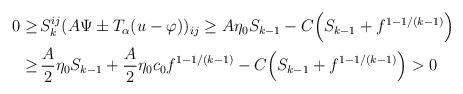
LaTeX: \begin{align*}\begin{aligned}0 \geq \,& S_k^{ij} (A \Psi \pm T_\alpha (u - \varphi))_{ij} \geq A \eta_0 S_{k - 1} - C \Big(S_{k - 1} + f^{1 - 1/ (k - 1)}\Big)\\ \geq \,& \frac{A}{2} \eta_0 S_{k-1} + \frac{A}{2} \eta_0 c_0 f^{1 - 1/ (k - 1)} - C \Big(S_{k - 1} + f^{1 - 1/ (k - 1)}\Big) > 0\end{aligned}\end{align*}